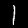
Digit: 1